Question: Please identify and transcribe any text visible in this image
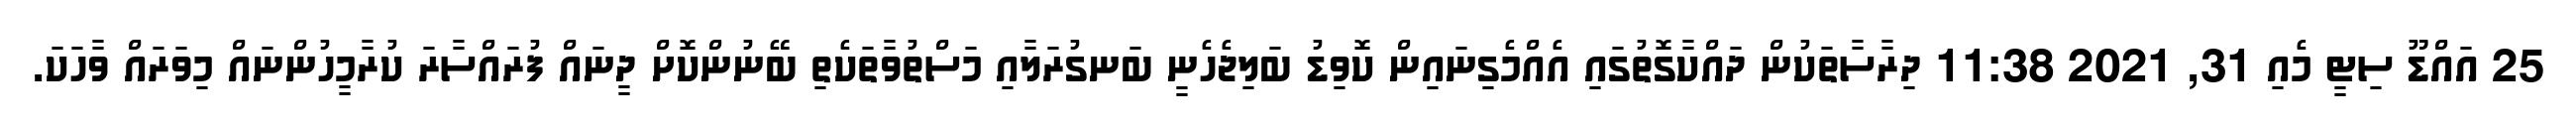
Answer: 25 އައްޑޫ ސިޓީ މެއި 31, 2021 11:38 ދިރާސާތަކުން ދައްކާގޮތުގައި އެއްމެގިނައިން ކޮވިޑު ބަލިޖެހެނީ ބަނގުރަލާއި މަސްތުވާތަކެތި ބޭނުންކޮށް ދީނައް ފުރައްސާރަ ކުރާމީހުންނައް މިވަރައް ވާހަކަ.